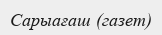
Сарыағаш (газет)